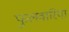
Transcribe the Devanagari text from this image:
फुलवारिया